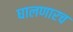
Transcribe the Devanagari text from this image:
घालणारच